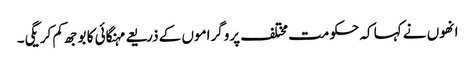
انھوں نے کہا کہ حکومت مختلف پروگراموں کے ذریعے مہنگائی کا بوجھ کم کریگی۔